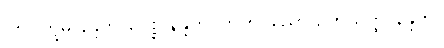
၁၈။ ဣဓ နန္ဒတိ ပေစ္စ နန္ဒတိ၊ ကတပုညော ဥဘယတ္ထ နန္ဒတိ။